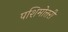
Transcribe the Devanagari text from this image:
पशिमोत्तरी